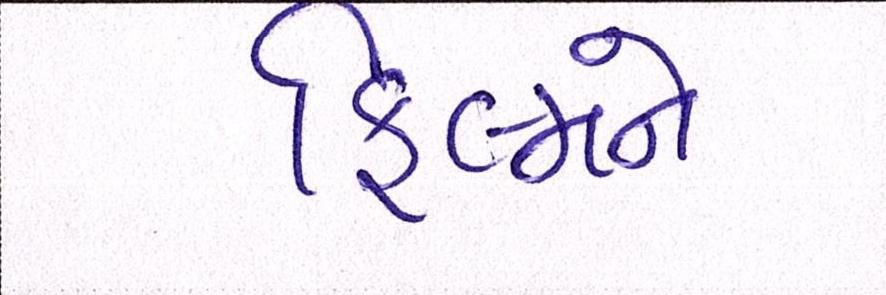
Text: ફિલ્મને